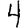
Digit: 4